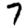
Digit: 7